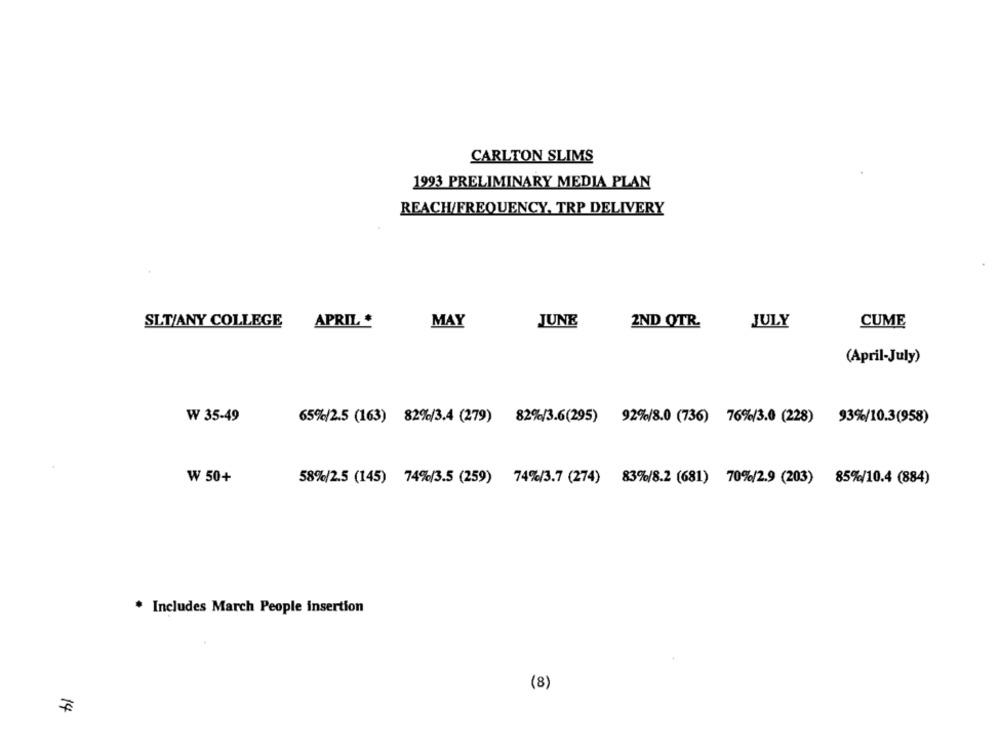
CARLTON SLIMS
1993 PRELIMINARY MEDIA PLAN
REACH/FREQUENCY. TRP DELIVERY
SLT/ANY COLLEGE
MAY
JUNE
2ND QTR.
JULY
APRIL
CUME
(April-July)
₩ 35-49
65%/2.5 (163) 82%/3.4 (279) 82%/3.6(295) 92%/8.0 (736) 76%/3.0 (228) 93%/10.3(958)
W 50+
58%/2.5 (145) 74%/3.5 (259) 74%/3.7 (274) 83%/8.2 (681) 70%/2.9 (203) 85%/10.4 (884)
. Includes March People insertion
(8)
14